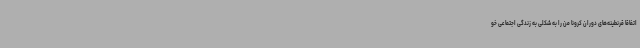
اتفاقاً قرنطینه‌های دوران کرونا من را به شکلی به زندگی اجتماعی خو